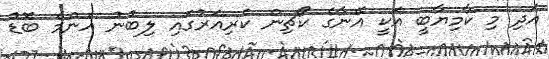
އަދި މި ކާމިޔާބީ އަކީ އޭނާގެ ކޯޗިން ކެރިއަރުގައި ލިބުނު އެންމެ ބޮޑު